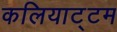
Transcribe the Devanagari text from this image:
कलियाट्टम